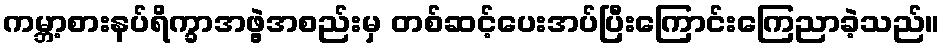
ကမ္ဘာ့စားနပ်ရိက္ခာအဖွဲ့အစည်းမှ တစ်ဆင့်ပေးအပ်ပြီးကြောင်းကြေညာခဲ့သည်။